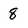
Character: 8